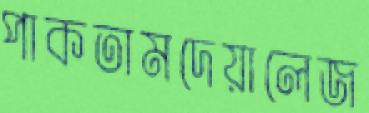
পাকতামদেয়ালেজ